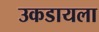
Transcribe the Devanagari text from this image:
उकडायला